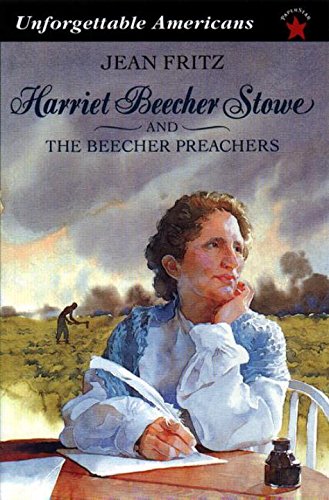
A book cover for Harriet Beecher Stowe and the Beecher Preachers (Unforgettable Americans); Jean Fritz; Children's Books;